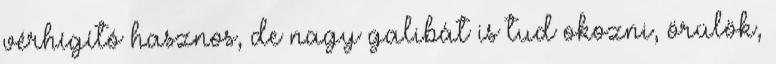
vérhígító hasznos, de nagy galibát is tud okozni, örülök,